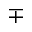
\mp